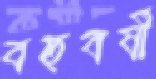
বহুবর্ষী